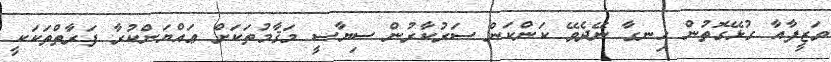
ވަޒީފާއާ ގުޅޭގޮތުން ހިނގާ ނޭދެވޭ ކަންކަން ސަރުކާރުން ސިޔާސީ މަޤާމުތަކަށް ޢައްޔަންކުރާ ފަރާތްތަކަކީ